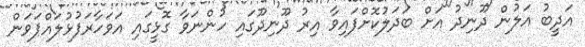
އަދީބު އަލުން ދޫނިދު އަށް ބަދަލުކޮށްފައިވާ އިރު ދޫނިދޫގައި ހުންނަވާ ގޮޅީގައި އަވަހާރަފުޅުލައްޕަވަން